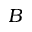
B